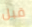
قبل